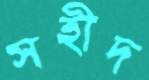
সহীদ